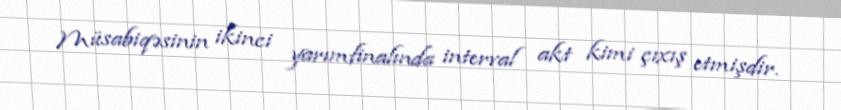
Müsabiqəsinin ikinci yarımfinalında interval akt kimi çıxış etmişdir.